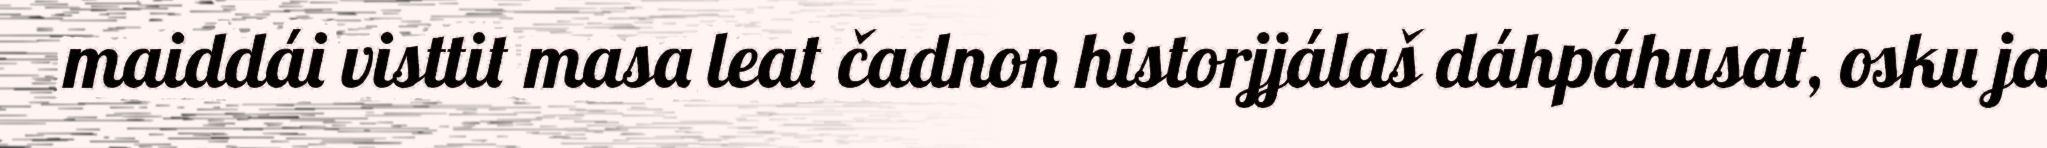
maiddái visttit masa leat čadnon historjjálaš dáhpáhusat, osku ja